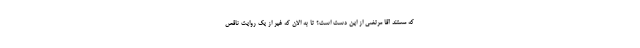
که مستند آقا مرتضی از این دست است؟ تا به الان که غیر از یک روایت ناقص